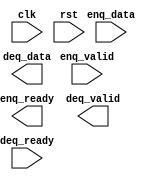

module fifo #(
    parameter WIDTH = 32,  // data width is 32-bit
    parameter LOGDEPTH = 3 // 2^3 = 8 entries
) (
    input clk,
    input rst,

    input  enq_valid,
    input  [WIDTH-1:0] enq_data,
    output enq_ready,

    output deq_valid,
    output [WIDTH-1:0] deq_data,
    input deq_ready
);

    // TODO: Your code

endmodule